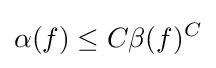
\alpha (f)\leq C\beta (f)^{C}